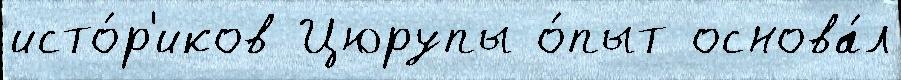
исто́р'иков Цюрупы о́пыт основа́л